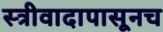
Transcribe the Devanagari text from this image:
स्त्रीवादापासूनच